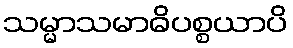
သမ္မာသမာဓိပစ္စယာပိ